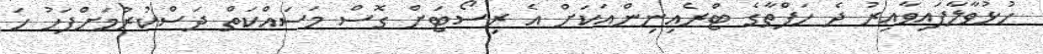
ހުޅުވާލާފައިވާއިރު ދެ ހަފްތާގެ ޓްރެއިނިންއަކަށް އެ ރިސޯޓަށް ގޮސް މަސައްކަތް ދަސްކުރުމަށްފަހު ހަ